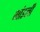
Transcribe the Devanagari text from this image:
भांडली